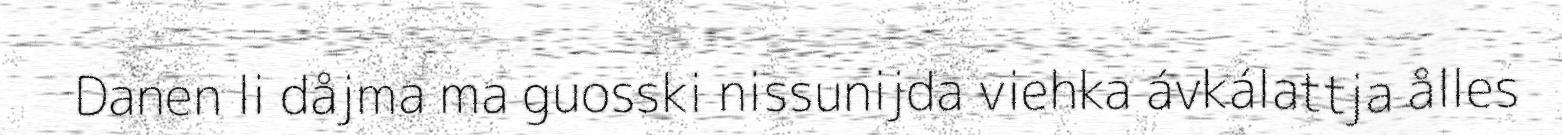
Danen li dåjma ma guosski nissunijda viehka ávkálattja ålles